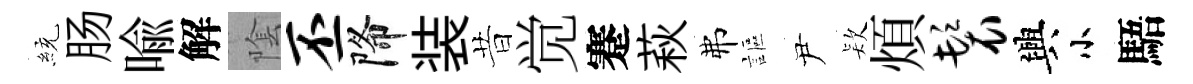
統肠喻解隂丕降装昔觉蹇萩弗謳尹𣣇煩鬟興小䮏